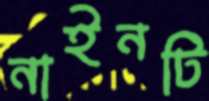
নাইনটি